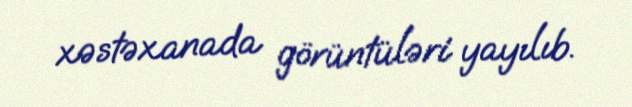
xəstəxanada görüntüləri yayılıb.